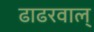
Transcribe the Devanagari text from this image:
ढाढरवाल्